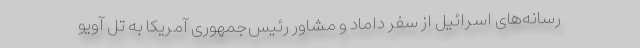
رسانه‌های اسرائیل از سفر داماد و مشاور رئیس‌جمهوری آمریکا ‌به تل آویو